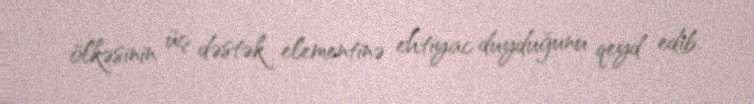
ölkəsinin üç dəstək elementinə ehtiyac duyduğunu qeyd edib.